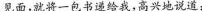
见面，就将一包书递给我，高兴地说道：